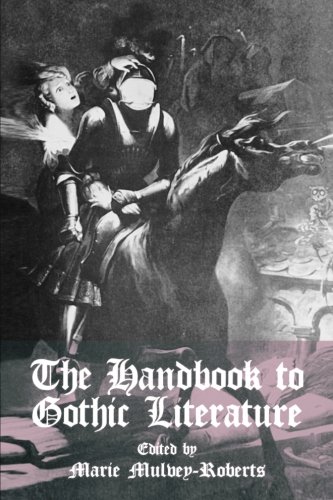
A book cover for The Handbook to Gothic Literature; Marie Mulvey-Roberts; Science Fiction & Fantasy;